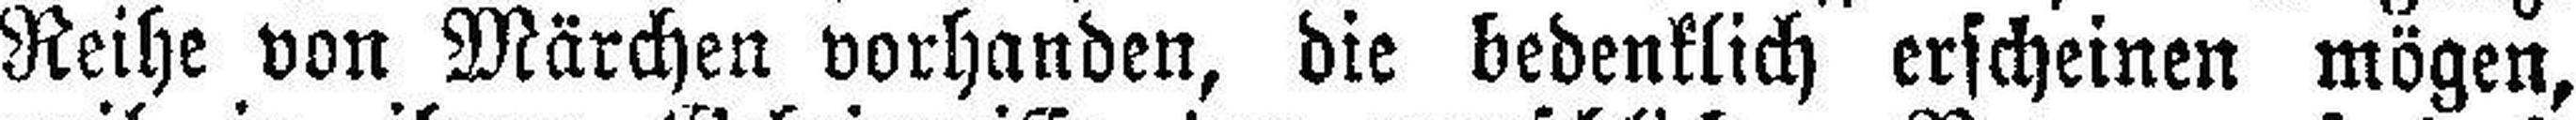
Reihe von Märchen vorhanden, die bedenklich erscheinen mögen,